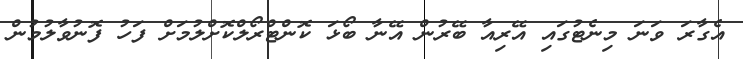
އެގާރަ ވަނަ މިނެޓުގައި އޭރިއާ ބޭރުން އޭނާ ބޯޅަ ކޮންޓްރޯލްކޮށްލުމަށް ފަހު ފޮނުވާލުމުން